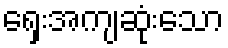
ရှေးအကျဆုံးသော